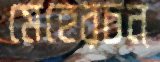
মেহেরচন্